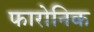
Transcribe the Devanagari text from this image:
फारोनिक